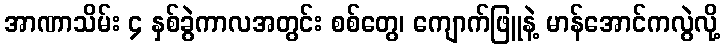
အာဏာသိမ်း ၄ နှစ်ခွဲကာလအတွင်း စစ်တွေ၊ ကျောက်ဖြူနဲ့ မာန်အောင်ကလွဲလို့